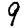
Digit: 9